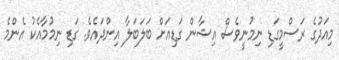
މިއަދުގެ ރަސްމީގަޑި ނިމުނީވެސް އިޝާން ގަޑިއަށް ބަލަބަލާ އިންދައެވެ. ގަޑި ނިމުމާއެކު އެންމެ